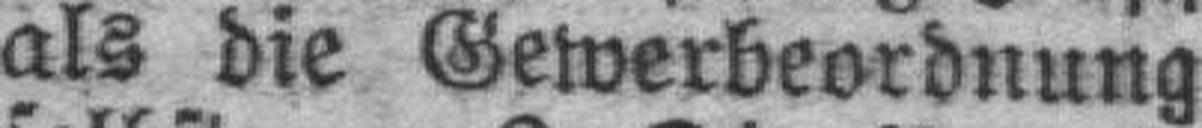
als die Gewerbeordnung